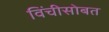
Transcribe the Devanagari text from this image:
विंचीसोबत